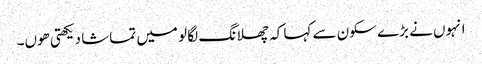
انہوں نے بڑے سکون سے کہا کہ چھلانگ لگا لو میں تماشا دیکھتی ھوں۔